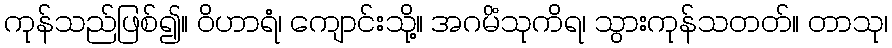
ကုန်သည်ဖြစ်၍။ ဝိဟာရံ၊ ကျောင်းသို့။ အဂမိံသုကိရ၊ သွားကုန်သတတ်။ တာသု၊